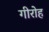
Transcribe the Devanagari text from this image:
गीरोह